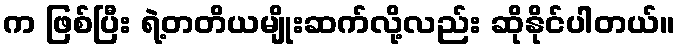
က ဖြစ်ပြီး ရဲ့တတိယမျိုးဆက်လို့လည်း ဆိုနိုင်ပါတယ်။